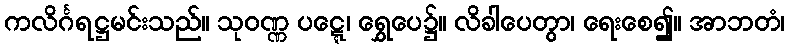
ကလိင်္ဂရဋ္ဌမင်းသည်။ သုဝဏ္ဏ ပဋ္ဋေ၊ ရွှေပေ၌။ လိခါပေတွာ၊ ရေးစေ၍။ အာဘတံ၊